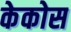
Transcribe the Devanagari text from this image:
केकोस